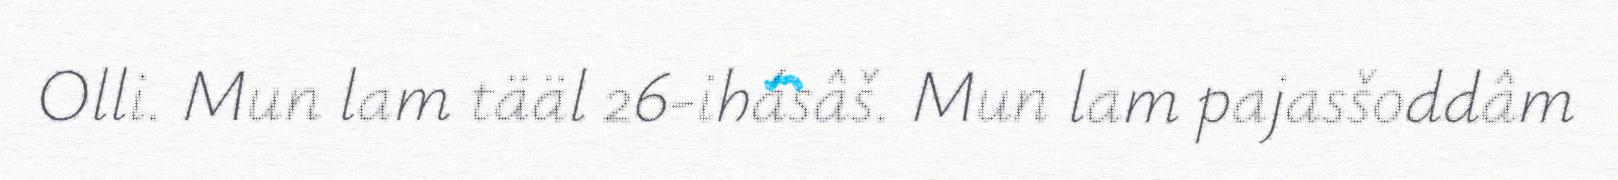
Olli. Mun lam tääl 26-ihásâš. Mun lam pajasšoddâm